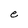
Character: e